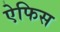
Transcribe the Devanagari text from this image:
ऐफिस